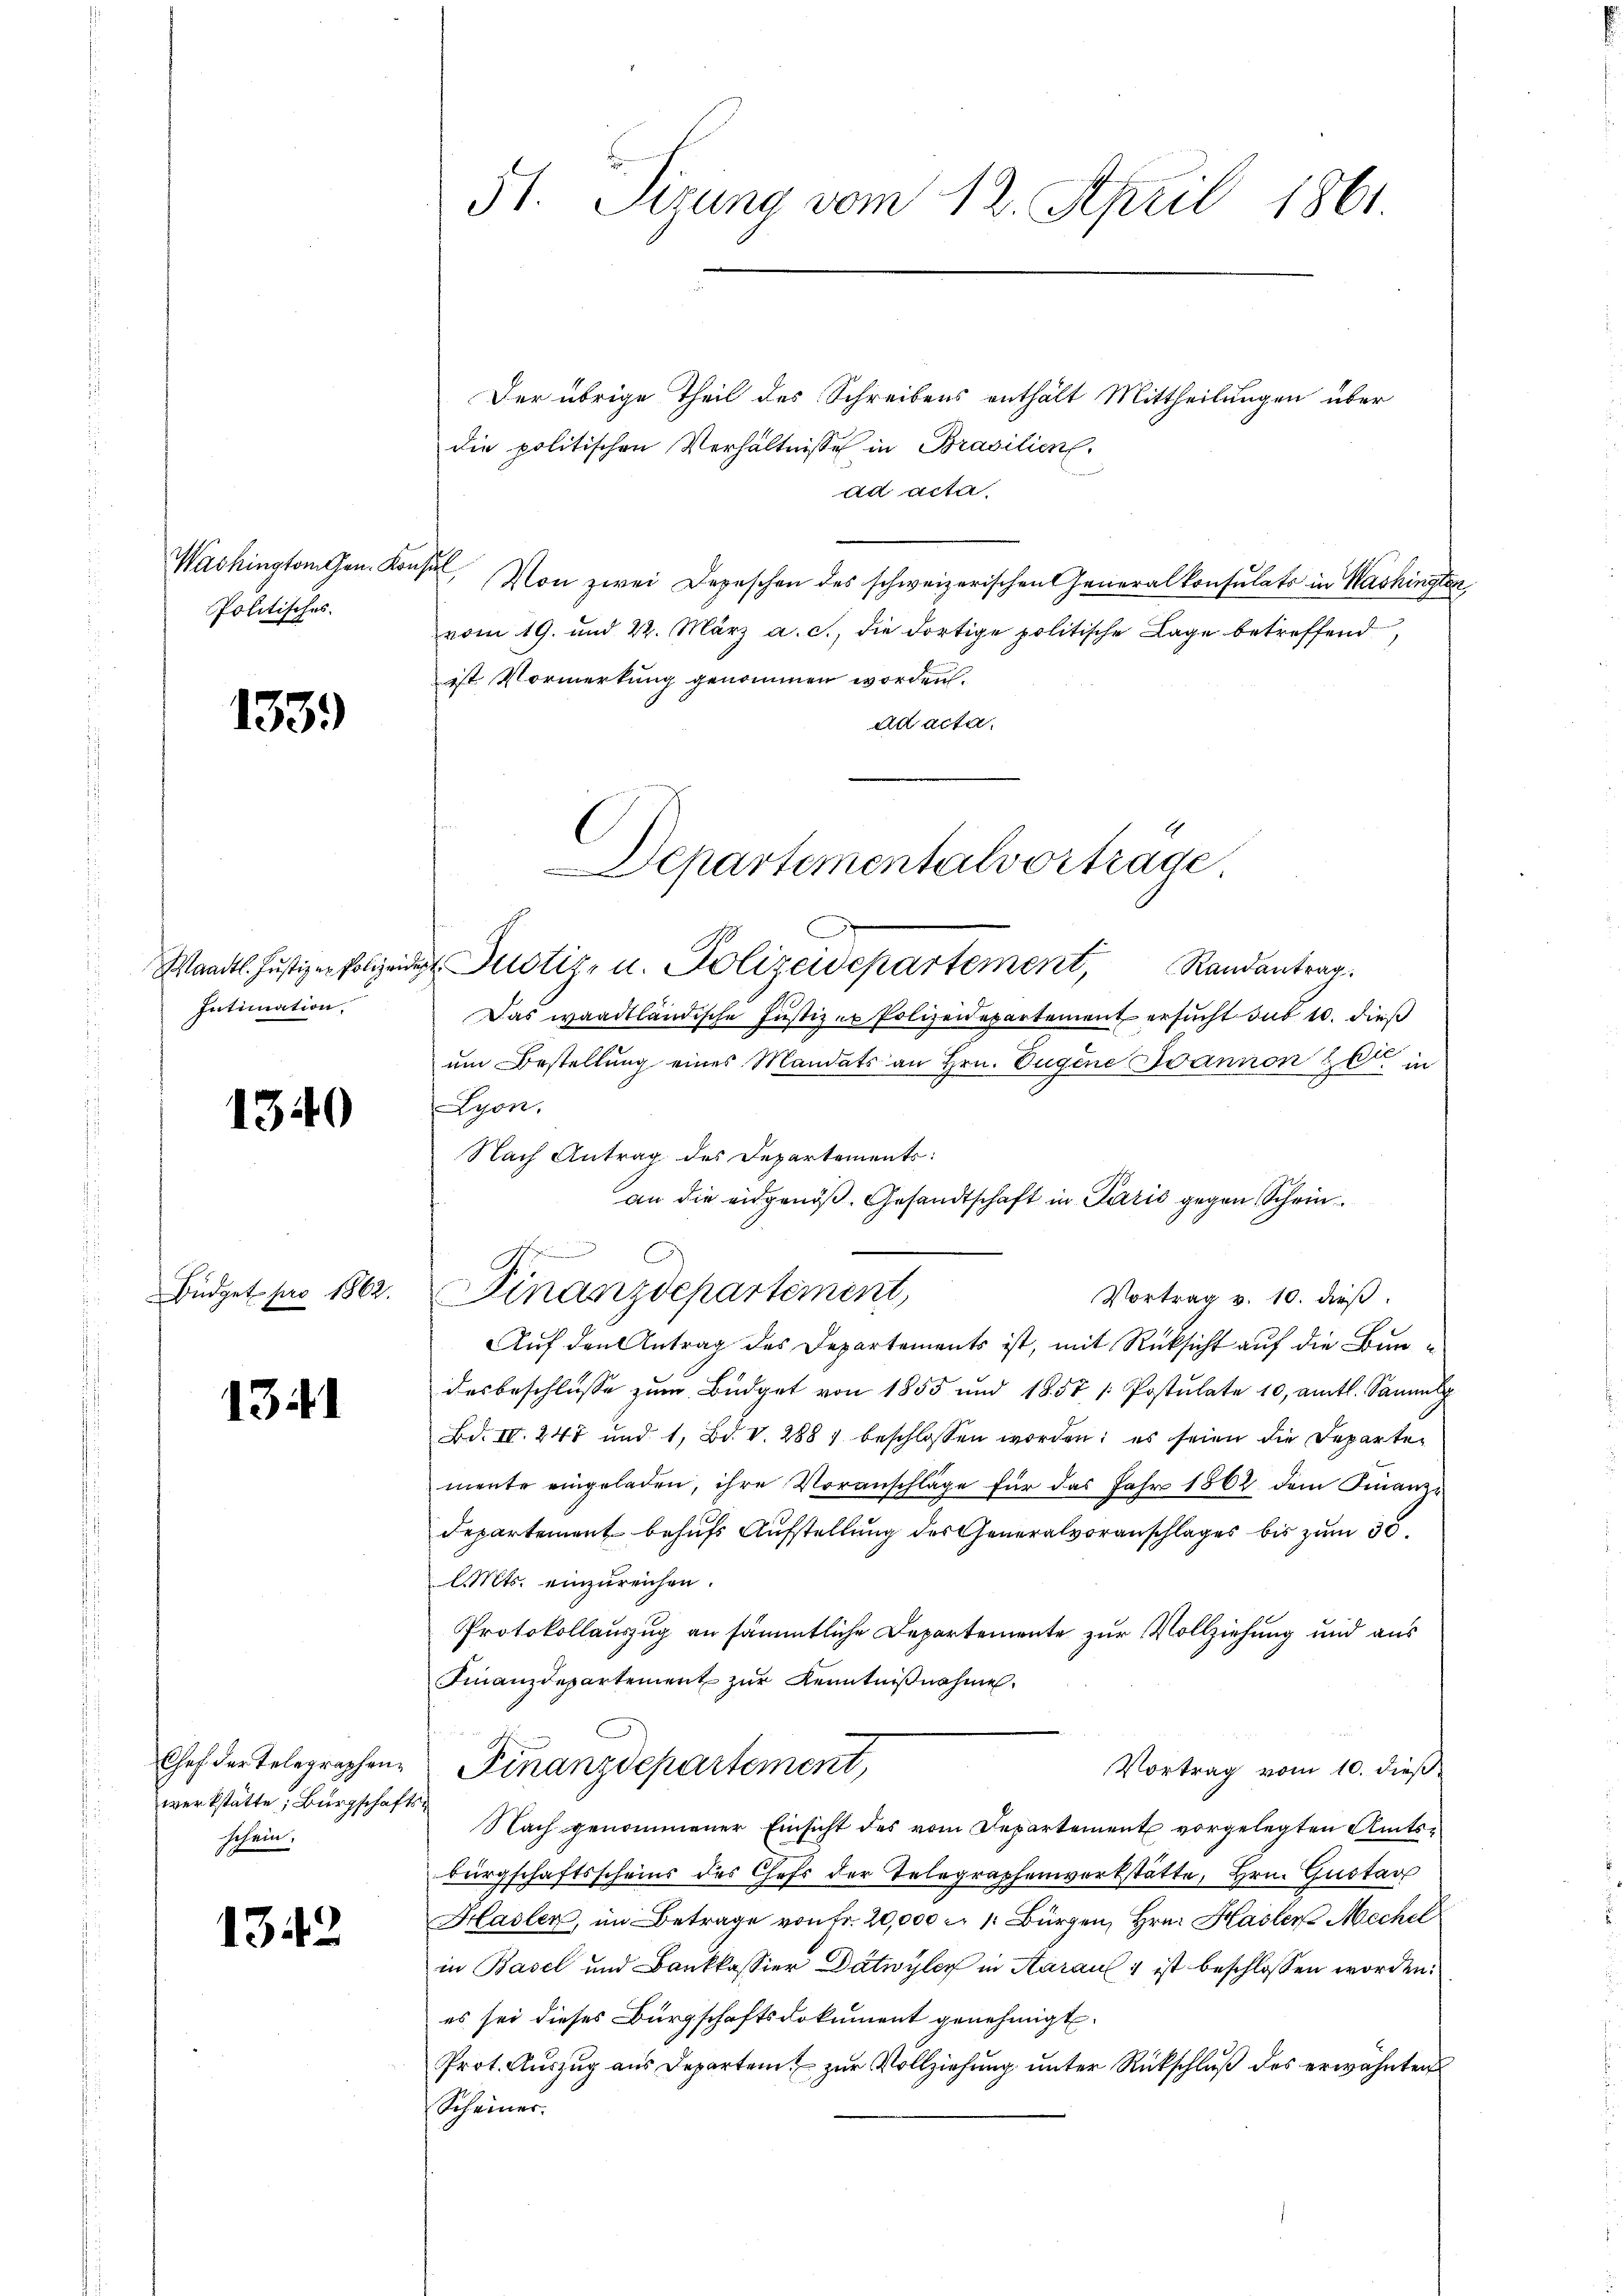
Washington Gen. Konsul,
Politisches.

1339)

Maadtl. Justiz er Polizeide
Intimation.

1340

Büdget pro 1862.

1341

Chef der Telegraphenwerkstätte, Bürgschaftsschein.

1342

51. Sitzung vom 12. April 1861

Der übrige Theil des Schreibens enthält Mittheilungen über
die politischen Verhältnisse in Brasilien.
ad acta
Von zwei Depeschen des schweizerischen Generalkonsulats in Washingten
vom 19. und 22. März a. c., die dortige politische Lage betreffend
ist Vormerkung genommen worden.
ad acta.
Das waadtländische Justizer Polizeidepartement ersucht sub 10. dieß
um Bestellung eines Mandats an Hrn. Eugene Ivannon et in
Lyon,
Auf den Antrag des Departements ist, mit Rücksicht auf die Bundesbeschlüsse zum Büdget von 1855 und 1857 / Postulate 10, amtl. Samml
Bd. IV. 247 und 1, Bd. V. 288 beschlossen worden; es seien die Departemente eingeladen, ihre Voranschläge für das Jahr 1862 dem Finanz-
Departement behufs Aufstellung des Generalvoranschlages bis zum 30.
lMts. einzureichen.
Protokollauszug an sämmtliche Departemente zur Vollziehung und aus
Finanzdepartement zŭr Kenntnißnahme.
Finanzdepartement,
Vortrag vom 10. dieß
Nach genommener Einsicht des vom Departement vorgelegten Amtsbürgschaftsscheins des Chefs der Telegraphenverkstätte, Hrn. Gustav
Hasler, im Betrage von fr. 20,000 c. 1. Bürgen, Hrn. Hasler Mechel
in Basel und Bankkassier Dätwyler in Aarauf 1 ist beschlossen worden.
es sei dieses Bürgschaftsdokument genehmigt.
Prot. Auszug aus Departem zur Vollziehung unter Rückschluß des erwähnten
Scheiner

Departementalvortrage
x
 Justiz- u. Polizeidepartement, Randantrag

Nach Antrag des Departements:
an die eidgenöß. Gesandtschaft in Paris gegen Schein¬
Ao
Finanzdepartement,
Vortrag v. 10. dieβ.